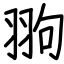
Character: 翑